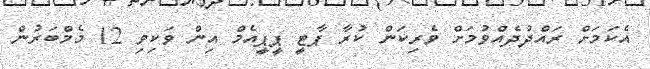
އެކަމަށް ރައްދުދެއްވުމަށް ވެރިކަން ކުރާ ޕާޓީ ޕީޕީއެމް އިން ވަކިވި 12 މެމްބަރުން